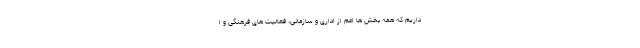
داریم که همه بخش ها اعم از اداری و سازمانی، فعالیت های فرهنگی و ا